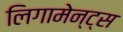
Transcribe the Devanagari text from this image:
लिगामेन्ट्स